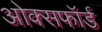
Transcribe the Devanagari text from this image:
ओक्सफॉर्ड